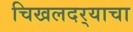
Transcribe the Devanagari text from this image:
चिखलदर्‍याचा